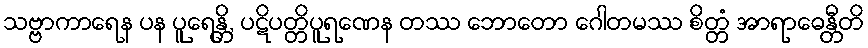
သဗ္ဗာကာရေန ပန ပူရေန္တိ, ပဋိပတ္တိပူရဏေန တဿ ဘောတော ဂေါတမဿ စိတ္တံ အာရာဓေန္တီတိ